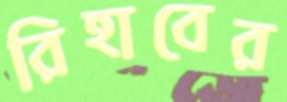
রিহাবের